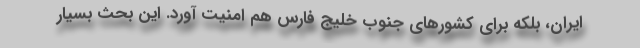
ایران، بلکه برای کشورهای جنوب خلیج‌ فارس هم امنیت آورد. این بحث بسیار